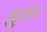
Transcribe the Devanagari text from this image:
झुंजेन